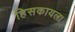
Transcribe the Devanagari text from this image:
हिसकायला